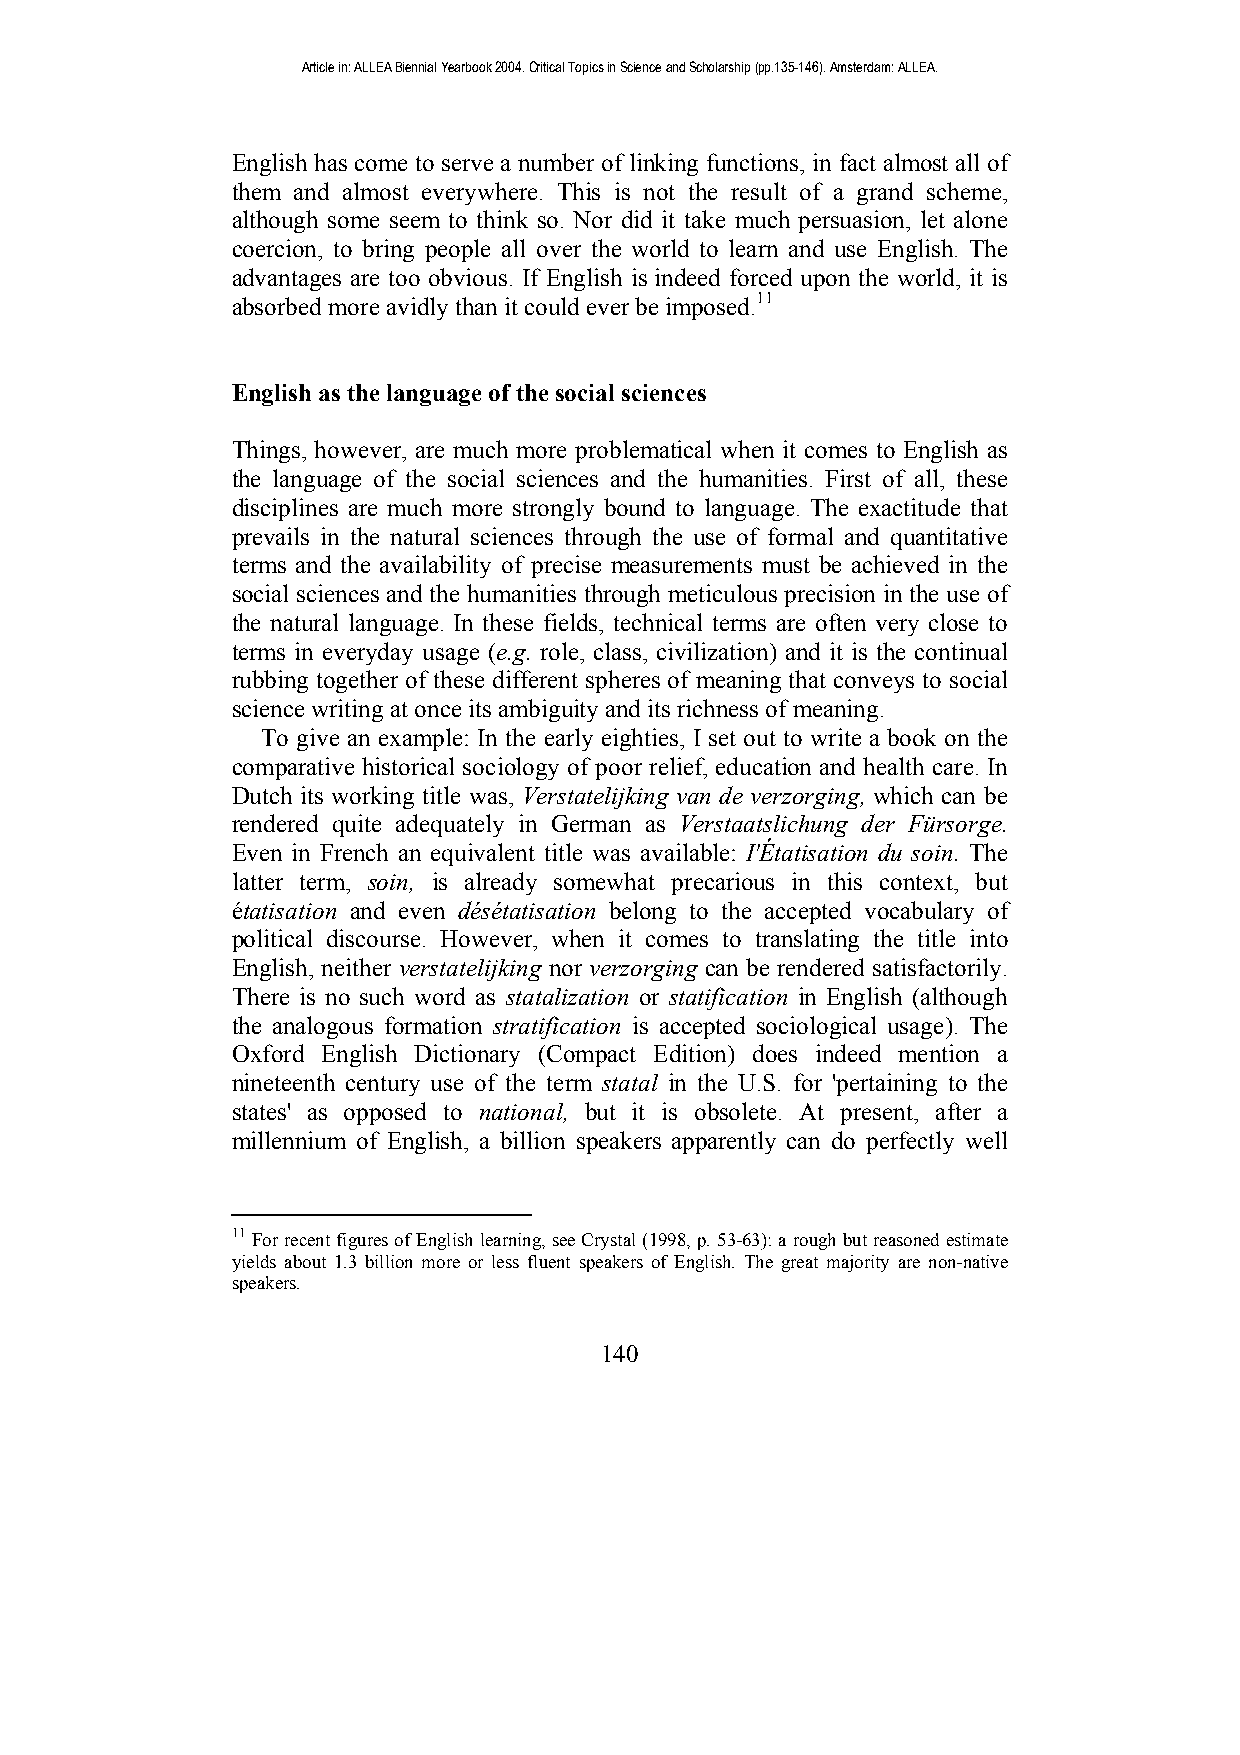
Article in: ALLEA Biennial Yearbook 2004. Critical Topics in Science and Scholarship (pp.135-146). Amsterdam: ALLEA.
 English has come to serve a number of linking functions, in fact almost all of
 them and almost everywhere. This is not the result of a grand scheme,
 although some seem to think so. Nor did it take much persuasion, let alone
 coercion, to bring people all over the world to learn and use English. The
 advantages are too obvious. If English is indeed forced upon the world, it is
 absorbed more avidly than it could ever be imposed.11
 English as the language of the social sciences
 Things, however, are much more problematical when it comes to English as
 the language of the social sciences and the humanities. First of all, these
 disciplines are much more strongly bound to language. The exactitude that
 prevails in the natural sciences through the use of formal and quantitative
 terms and the availability of precise measurements must be achieved in the
 social sciences and the humanities through meticulous precision in the use of
 the natural language. In these fields, technical terms are often very close to
 terms in everyday usage (e.g. role, class, civilization) and it is the continual
 rubbing together of these different spheres of meaning that conveys to social
 science writing at once its ambiguity and its richness of meaning.
 To give an example: In the early eighties, I set out to write a book on the
 comparative historical sociology of poor relief, education and health care. In
 Dutch its working title was, Verstatelijking van de verzorging, which can be
 rendered quite adequately in German as Verstaatslichung der Fürsorge.
 Even in French an equivalent title was available: I'Étatisation du soin. The
 latter term, soin, is already somewhat precarious in this context, but
 étatisation and even désétatisation belong to the accepted vocabulary of
 political discourse. However, when it comes to translating the title into
 English, neither verstatelijking nor verzorging can be rendered satisfactorily.
 There is no such word as statalization or statification in English (although
 the analogous formation stratification is accepted sociological usage). The
 Oxford English Dictionary (Compact Edition) does indeed mention a
 nineteenth century use of the term statal in the U.S. for 'pertaining to the
 states' as opposed to national, but it is obsolete. At present, after a
 millennium of English, a billion speakers apparently can do perfectly well
 11 For recent figures of English learning, see Crystal (1998, p. 53-63): a rough but reasoned estimate
 yields about 1.3 billion more or less fluent speakers of English. The great majority are non-native
 speakers.
 140